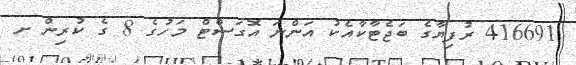
416691 ރުފިޔާގެ ބަޖެޓާކާއެކު އަންނަ އޮގަސްޓް މަހުގެ 8 ގެ ކުރިން ށ